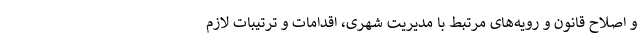
و اصلاح قانون و رویه‌های مرتبط با مدیریت شهری، اقدامات و ترتیبات لازم